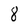
Character: 8